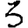
Digit: 3